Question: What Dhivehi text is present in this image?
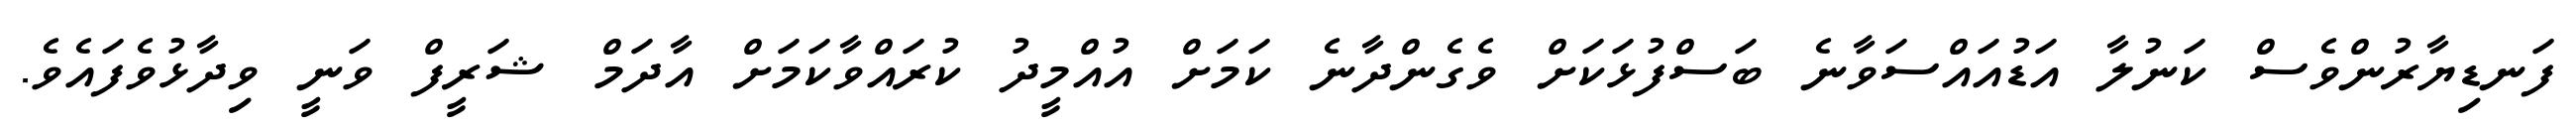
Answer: ފަނޑިޔާރުންވެސް ކަނުލާ އަޑުއައްސަވާނެ ބަސްފުޅަކަށް ވެގެންދާނެ ކަމަށް އުއްމީދު ކުރައްވާކަމަށް އާދަމް ޝަރީފް ވަނީ ވިދާޅުވެފައެވެ.